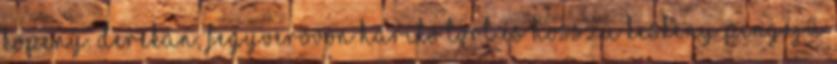
köpeny. Derekán, fegyverövön hárító tört és hosszú keskeny pengéjű